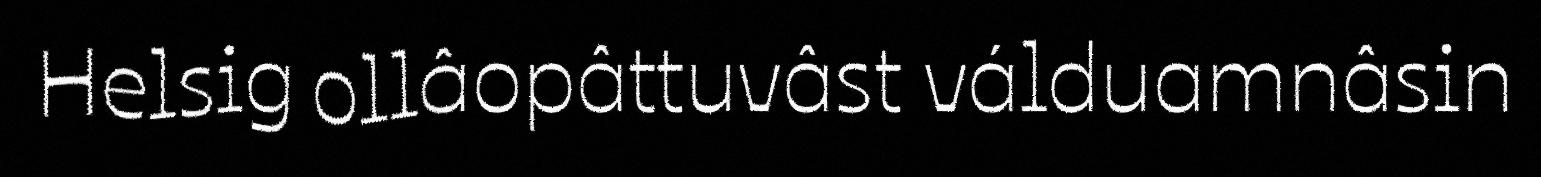
Helsig ollâopâttuvâst válduamnâsin